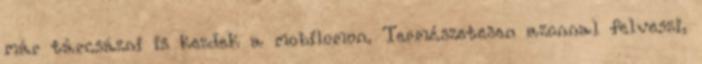
már tárcsázni is kezdek a mobilomon. Természetesen azonnal felveszi,